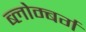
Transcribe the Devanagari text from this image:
ब्लोम्बर्ग